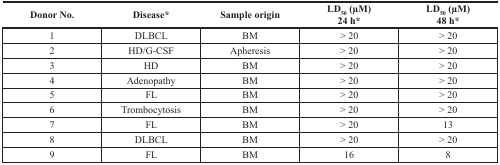
| Donor No. | Disease* | Sample origin | LD50(μM) 24 h* | LD50(μM) 48 h* |
 | --- | --- | --- | --- | --- |
 | 1 | DLBCL | BM | > 20 | > 20 |
 | 2 | HD/G-CSF | Apheresis | > 20 | > 20 |
 | 3 | HD | BM | > 20 | > 20 |
 | 4 | Adenopathy | BM | > 20 | > 20 |
 | 5 | FL | BM | > 20 | > 20 |
 | 6 | Trombocytosis | BM | > 20 | > 20 |
 | 7 | FL | BM | > 20 | 13 |
 | 8 | DLBCL | BM | > 20 | > 20 |
 | 9 | FL | BM | 16 | 8 |